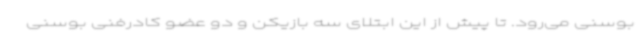
بوسنی می‌رود. تا پیش از این ابتلای سه بازیکن و دو عضو کادرفنی بوسنی